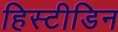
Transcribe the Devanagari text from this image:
हिस्टीडिन